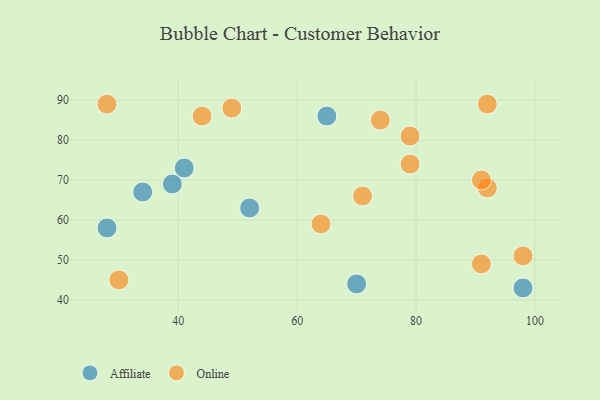
{"axis": {"x": "GDP", "y": "Life Expectancy"}, "legend": ["Affiliate", "Online"], "data": [{"x": "28", "y": 58, "type": "Affiliate"}, {"x": "34", "y": 67, "type": "Affiliate"}, {"x": "39", "y": 69, "type": "Affiliate"}, {"x": "98", "y": 43, "type": "Affiliate"}, {"x": "41", "y": 73, "type": "Affiliate"}, {"x": "65", "y": 86, "type": "Affiliate"}, {"x": "70", "y": 44, "type": "Affiliate"}, {"x": "52", "y": 63, "type": "Affiliate"}, {"x": "79", "y": 74, "type": "Online"}, {"x": "92", "y": 68, "type": "Online"}, {"x": "98", "y": 51, "type": "Online"}, {"x": "49", "y": 88, "type": "Online"}, {"x": "71", "y": 66, "type": "Online"}, {"x": "28", "y": 89, "type": "Online"}, {"x": "64", "y": 59, "type": "Online"}, {"x": "79", "y": 81, "type": "Online"}, {"x": "74", "y": 85, "type": "Online"}, {"x": "92", "y": 89, "type": "Online"}, {"x": "91", "y": 70, "type": "Online"}, {"x": "44", "y": 86, "type": "Online"}, {"x": "91", "y": 49, "type": "Online"}, {"x": "30", "y": 45, "type": "Online"}]}